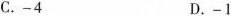
C.-4 D.-1